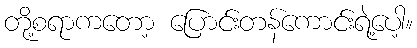
တို့စရာကတော့ ပြောင်းတန်ကောင်းရဲ့ပေါ့။